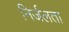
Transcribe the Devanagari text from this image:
निर्जलता